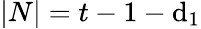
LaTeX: |N|=t-1-\mathrm{d}_{1}